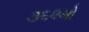
૩૬૨મો